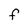
Character: f